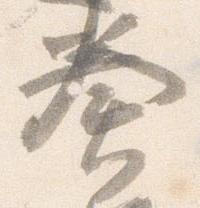
奏